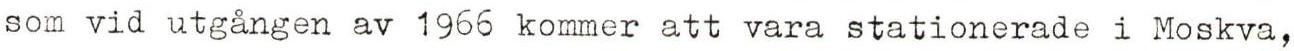
som vid utgången av 1966 kommer att vara stationerade i Moskva,